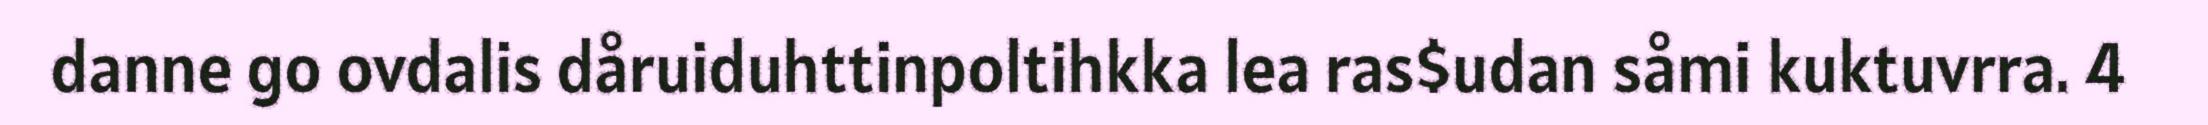
danne go ovdalis dåruiduhttinpoltihkka lea ras$udan såmi kuktuvrra. 4